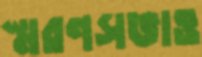
স্মরণসভাও